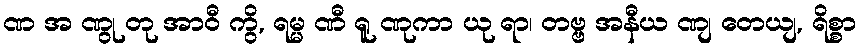
ဏ အ ဏွု တု အာဝီ ကွိ, ရမ္မ ဏီ ရူ ဏုကာ ယု ရာ၊ တဗ္ဗ အနီယ ဏျ တေယျ, ရိစ္စာ